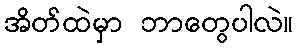
အိတ်ထဲမှာ ဘာတွေပါလဲ။